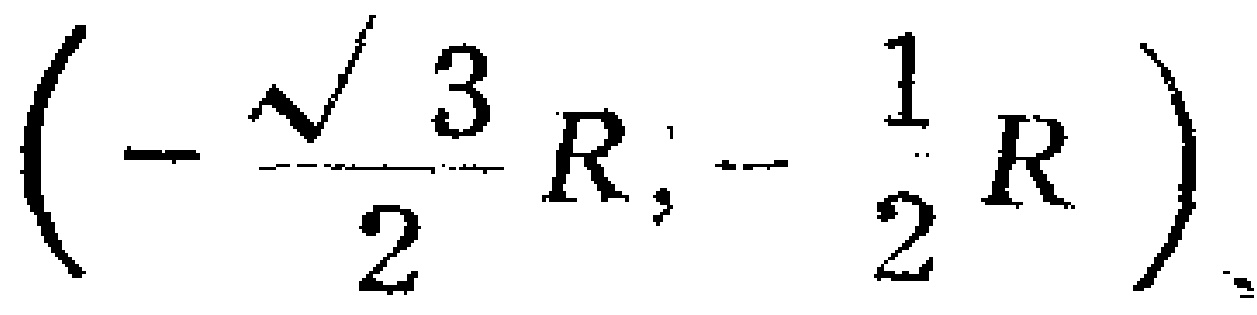
$\left(-\frac{\sqrt{3}}{2}R;-\frac{1}{2}R\right)$